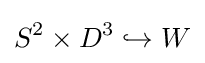
S^{2}\times D^{3}\hookrightarrow W